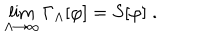
\lim _ { \Lambda \rightarrow \infty } \Gamma _ { \Lambda } [ \varphi ] = S [ \varphi ] \; .